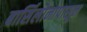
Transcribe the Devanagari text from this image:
बार्सिलोनापासून